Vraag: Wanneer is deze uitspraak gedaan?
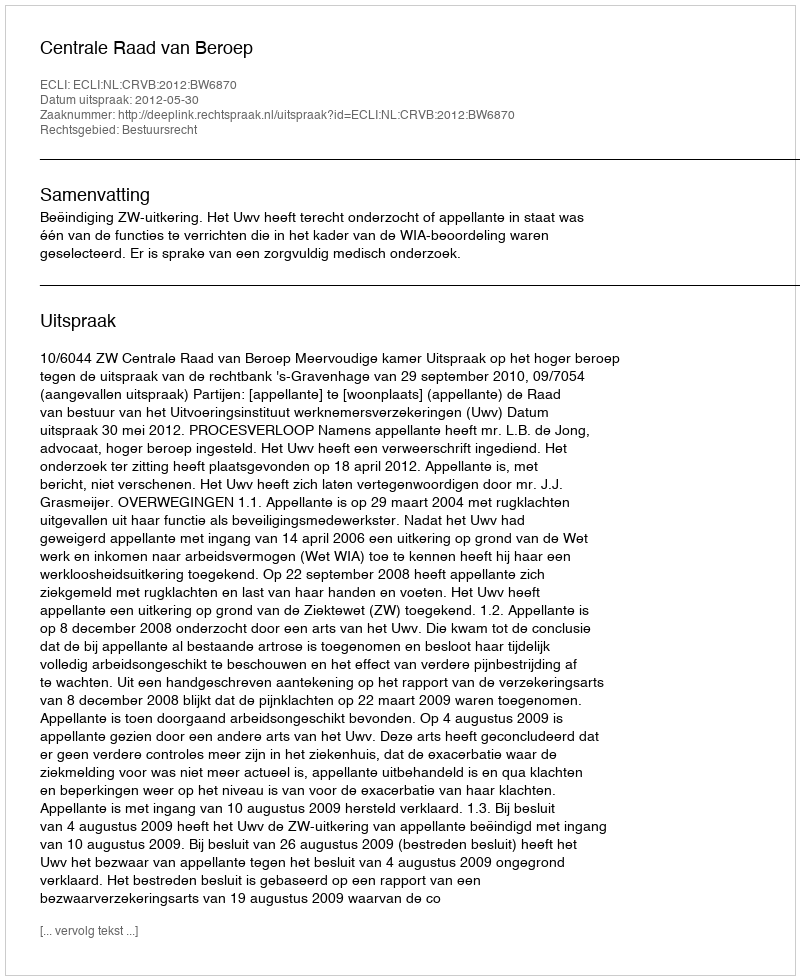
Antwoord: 2012-05-30